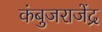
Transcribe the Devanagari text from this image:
कंबुजराजेंद्र